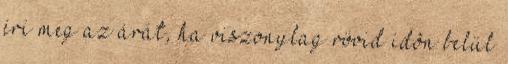
éri meg az árát, ha viszonylag rövid idõn belül